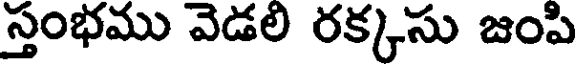
స్తంభము వెడలి రక్కసు జంపి